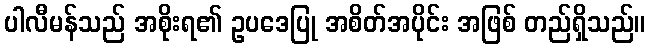
ပါလီမန်သည် အစိုးရ၏ ဥပဒေပြု အစိတ်အပိုင်း အဖြစ် တည်ရှိသည်။